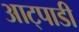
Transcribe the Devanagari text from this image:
आट्पाडी